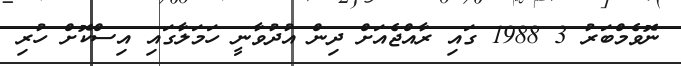
ނޮވެމްބަރު 3 1988 ގައި ރާއްޖެއަށް ދިން އުދުވާނީ ހަމަލާގައި އިސްކޮށް ހުރި